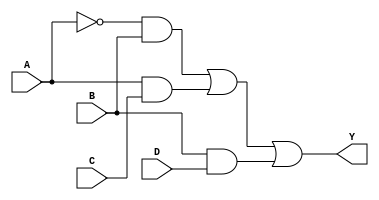
module SOP_Logic (
    input wire A,  // Input variable A
    input wire B,  // Input variable B
    input wire C,  // Input variable C
    input wire D,  // Input variable D
    output wire Y  // Output Y
);

// Simplified SOP expression (for example: Y = A'B + AC + BD')
// Replace the expression below with your specific simplified SOP
wire A_not = ~A;  // NOT A
wire B_not = ~B;  // NOT B
wire C_not = ~C;  // NOT C
wire D_not = ~D;  // NOT D

// Product terms
wire term1 = A_not & B;   // A'B
wire term2 = A & C;       // AC
wire term3 = B & D;       // BD

// Final output (OR of product terms)
assign Y = term1 | term2 | term3;  // Y = A'B + AC + BD

endmodule